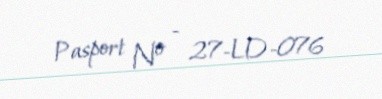
Pasport № - 27-LD-076